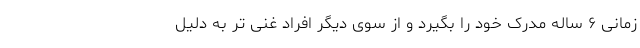
زمانی ۶ ساله مدرک خود را بگیرد و از سوی دیگر افراد غنی تر به دلیل